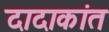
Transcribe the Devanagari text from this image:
दादाकांत